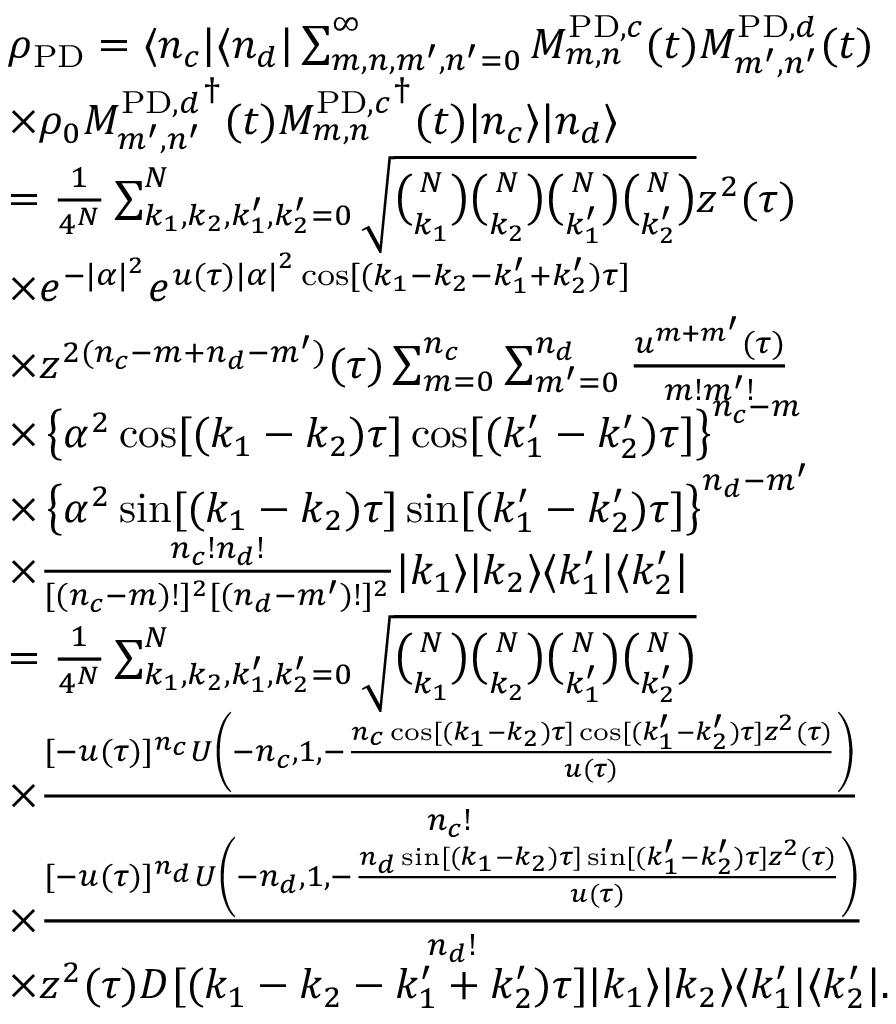
\begin{array} { r l } & { \rho _ { \mathrm { P D } } = \langle n _ { c } | \langle n _ { d } | \sum _ { m , n , m ^ { \prime } , n ^ { \prime } = 0 } ^ { \infty } M _ { m , n } ^ { \mathrm { P D } , c } ( t ) M _ { m ^ { \prime } , n ^ { \prime } } ^ { \mathrm { P D } , d } ( t ) } \\ & { \times \rho _ { 0 } { M _ { m ^ { \prime } , n ^ { \prime } } ^ { \mathrm { P D } , d } } ^ { \dagger } ( t ) { M _ { m , n } ^ { \mathrm { P D } , c } } ^ { \dagger } ( t ) | n _ { c } \rangle | n _ { d } \rangle } \\ & { = \frac { 1 } { 4 ^ { N } } \sum _ { k _ { 1 } , k _ { 2 } , k _ { 1 } ^ { \prime } , k _ { 2 } ^ { \prime } = 0 } ^ { N } \sqrt { \binom { N } { k _ { 1 } } \binom { N } { k _ { 2 } } \binom { N } { k _ { 1 } ^ { \prime } } \binom { N } { k _ { 2 } ^ { \prime } } } z ^ { 2 } ( \tau ) } \\ & { \times e ^ { - | \alpha | ^ { 2 } } e ^ { u ( \tau ) { | \alpha | } ^ { 2 } \cos [ ( k _ { 1 } - k _ { 2 } - k _ { 1 } ^ { \prime } + k _ { 2 } ^ { \prime } ) \tau ] } } \\ & { \times z ^ { 2 ( n _ { c } - m + n _ { d } - m ^ { \prime } ) } ( \tau ) \sum _ { m = 0 } ^ { n _ { c } } \sum _ { m ^ { \prime } = 0 } ^ { n _ { d } } \frac { u ^ { m + m ^ { \prime } } ( \tau ) } { m ! m ^ { \prime } ! } } \\ & { \times \left\{ \alpha ^ { 2 } \cos [ ( k _ { 1 } - k _ { 2 } ) \tau ] \cos [ ( k _ { 1 } ^ { \prime } - k _ { 2 } ^ { \prime } ) \tau ] \right\} ^ { n _ { c } - m } } \\ & { \times \left\{ \alpha ^ { 2 } \sin [ ( k _ { 1 } - k _ { 2 } ) \tau ] \sin [ ( k _ { 1 } ^ { \prime } - k _ { 2 } ^ { \prime } ) \tau ] \right\} ^ { n _ { d } - m ^ { \prime } } } \\ & { \times \frac { n _ { c } ! n _ { d } ! } { [ ( n _ { c } - m ) ! ] ^ { 2 } [ ( n _ { d } - m ^ { \prime } ) ! ] ^ { 2 } } | k _ { 1 } \rangle | k _ { 2 } \rangle \langle k _ { 1 } ^ { \prime } | \langle k _ { 2 } ^ { \prime } | } \\ & { = \frac { 1 } { 4 ^ { N } } \sum _ { k _ { 1 } , k _ { 2 } , k _ { 1 } ^ { \prime } , k _ { 2 } ^ { \prime } = 0 } ^ { N } \sqrt { \binom { N } { k _ { 1 } } \binom { N } { k _ { 2 } } \binom { N } { k _ { 1 } ^ { \prime } } \binom { N } { k _ { 2 } ^ { \prime } } } } \\ & { \times \frac { [ - u ( \tau ) ] ^ { n _ { c } } U \left( - { n _ { c } } , 1 , - \frac { { n _ { c } } \cos [ ( { k _ { 1 } } - { k _ { 2 } } ) \tau ] \cos [ ( { k _ { 1 } ^ { \prime } } - { k _ { 2 } ^ { \prime } } ) \tau ] z ^ { 2 } ( \tau ) } { u ( \tau ) } \right) } { n _ { c } ! } } \\ & { \times \frac { [ - u ( \tau ) ] ^ { n _ { d } } U \left( - { n _ { d } } , 1 , - \frac { { n _ { d } } \sin [ ( { k _ { 1 } } - { k _ { 2 } } ) \tau ] \sin [ ( { k _ { 1 } ^ { \prime } } - { k _ { 2 } ^ { \prime } } ) \tau ] z ^ { 2 } ( \tau ) } { u ( \tau ) } \right) } { n _ { d } ! } } \\ & { \times z ^ { 2 } ( \tau ) D [ ( k _ { 1 } - k _ { 2 } - k _ { 1 } ^ { \prime } + k _ { 2 } ^ { \prime } ) \tau ] | k _ { 1 } \rangle | k _ { 2 } \rangle \langle k _ { 1 } ^ { \prime } | \langle k _ { 2 } ^ { \prime } | . } \end{array}